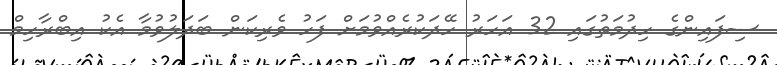
ސިފައިންގެ ހިދުމަތުގައި 32 އަހަރު ހޭދަކުރެއްވުމަށް ފަހު ވެރިކަން ބަދަލުވުމާ އެކު އިބްރާހިމް